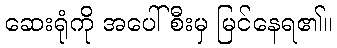
ဆေးရုံကို အပေါ်စီးမှ မြင်နေရ၏။